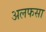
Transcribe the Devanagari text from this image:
अलफसा